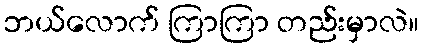
ဘယ်လောက် ကြာကြာ တည်းမှာလဲ။